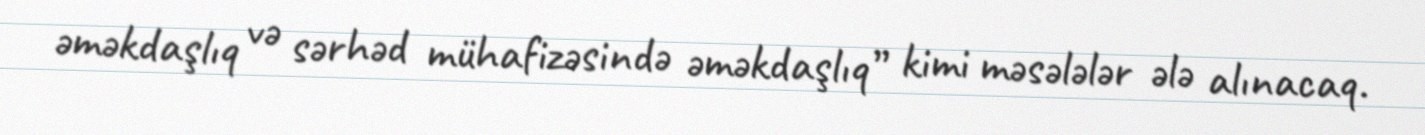
əməkdaşlıq və sərhəd mühafizəsində əməkdaşlıq” kimi məsələlər ələ alınacaq.